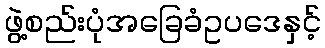
ဖွဲ့စည်းပုံအခြေခံဥပဒေနှင့်